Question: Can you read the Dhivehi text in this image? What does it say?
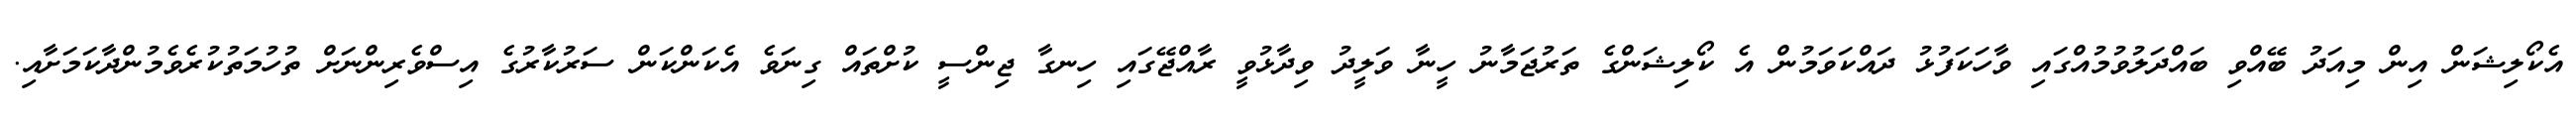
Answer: އެކޯލިޝަން އިން މިއަދު ބޭއްވި ބައްދަލުވުމުއްގައި ވާހަކަފުޅު ދައްކަވަމުން އެ ކޯލިޝަންގެ ތަރުޖަމާނު ހީނާ ވަލީދު ވިދާޅުވީ ރާއްޖޭގައި ހިނގާ ޖިންސީ ކުށްތައް ގިނަވެ އެކަންކަން ސަރުކާރުގެ އިސްވެރިންނަށް ތުހުމަތުކުރެވެމުންދާކަމަށާއި.